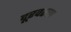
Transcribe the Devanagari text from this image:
दूरवरचा